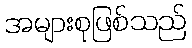
အများစုဖြစ်သည်